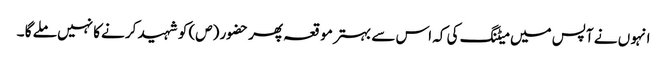
انہو ں نے آپس میں میٹنگ کی کہ اس سے بہتر مو قعہ پھر حضور (ص) کو شہید کر نےکا نہیں ملے گا ۔